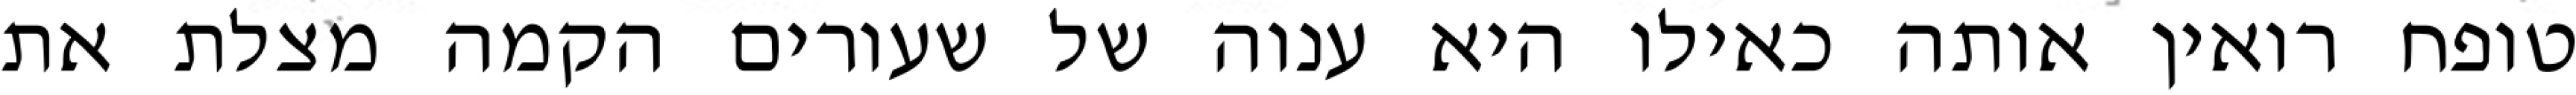
טופח רואין אותה כאילו היא ענוה של שעורים הקמה מצלת את